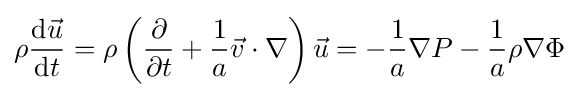
\rho {\frac {{\text{d}}{\vec {u}}}{{\text{d}}t}}=\rho \left({\frac {\partial }{\partial t}}+{\frac {1}{a}}{\vec {v}}\cdot \nabla \right){\vec {u}}=-{\frac {1}{a}}\nabla P-{\frac {1}{a}}\rho \nabla \Phi ~